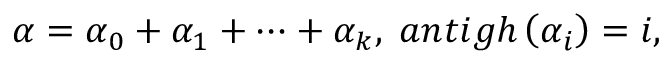
\alpha = \alpha _ { 0 } + \alpha _ { 1 } + \cdots + \alpha _ { k } , \; a n t i g h \left( \alpha _ { i } \right) = i ,